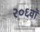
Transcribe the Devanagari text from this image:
२०६वॉ